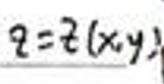
\(z = z ( x, y )\)